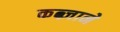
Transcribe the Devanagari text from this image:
कब्ज़ाने